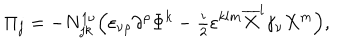
LaTeX: \Pi _ { j } = - N _ { j k } ^ { 1 \nu } \Bigl ( \varepsilon _ { \nu \rho } \partial ^ { \rho } \Phi ^ { k } - { \textstyle \frac i 2 } \varepsilon ^ { k l m } \overline { { { X } } } ^ { l } \gamma _ { \nu } X ^ { m } \Bigr ) ,